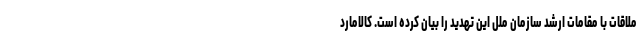
ملاقات با مقامات ارشد سازمان ملل این تهدید را بیان کرده است. کالامارد